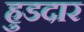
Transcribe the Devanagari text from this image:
हुडदार